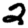
Digit: 2